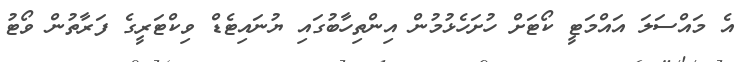
އެ މައްސަލަ އައްމަޓީ ކޯޓަށް ހުށަހެޅުމުން އިންތިހާބުގައި ޔުނައިޓެޑް ވިކްޓަރީގެ ފަރާތުން ވޯޓު